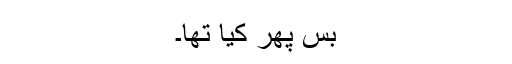
بس پھر کیا تھا۔